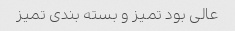
عالی بود تمیز و بسته بندی تمیز